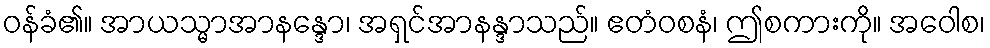
ဝန်ခံ၏။ အာယသ္မာအာနန္ဒော၊ အရှင်အာနန္ဒာသည်။ ဧတံဝစနံ၊ ဤစကားကို။ အဝေါစ၊